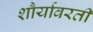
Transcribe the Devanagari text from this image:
शौर्यावरती